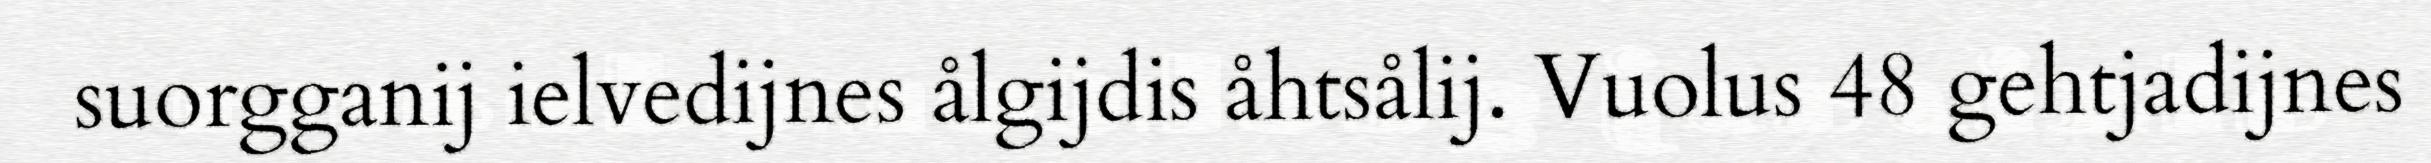
suorgganij ielvedijnes ålgijdis åhtsålij. Vuolus 48 gehtjadijnes